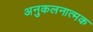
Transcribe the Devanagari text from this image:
अनुकलनात्मक